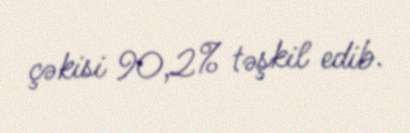
çəkisi 90,2% təşkil edib.